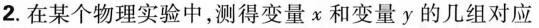
2.在某个物理实验中，测得变量x和变量y的几组对应